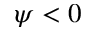
\psi < 0